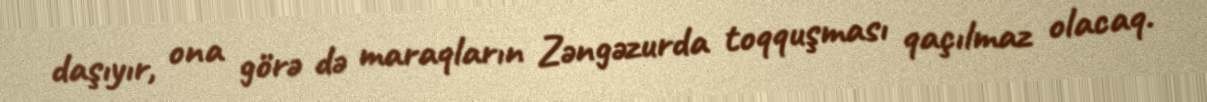
daşıyır, ona görə də maraqların Zəngəzurda toqquşması qaçılmaz olacaq.